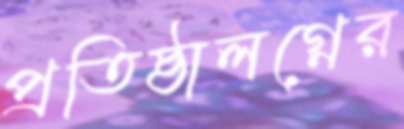
প্রতিষ্ঠালগ্নের